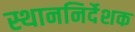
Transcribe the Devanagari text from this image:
स्थाननिर्देशक